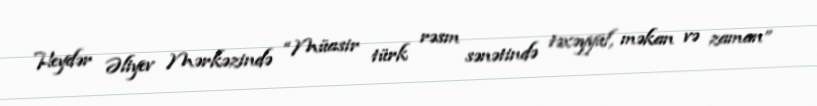
Heydər Əliyev Mərkəzində “Müasir türk rəsm sənətində təxəyyül, məkan və zaman”